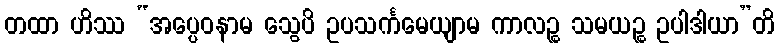
တထာ ဟိဿ “အပ္ပေဝနာမ သွေပိ ဥပသင်္ကမေယျာမ ကာလဉ္စ သမယဉ္စ ဥပါဒါယာ”တိ